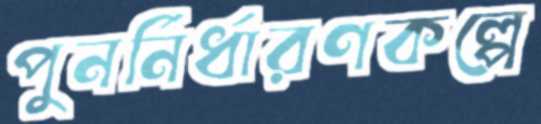
পুনর্নির্ধারণকল্পে